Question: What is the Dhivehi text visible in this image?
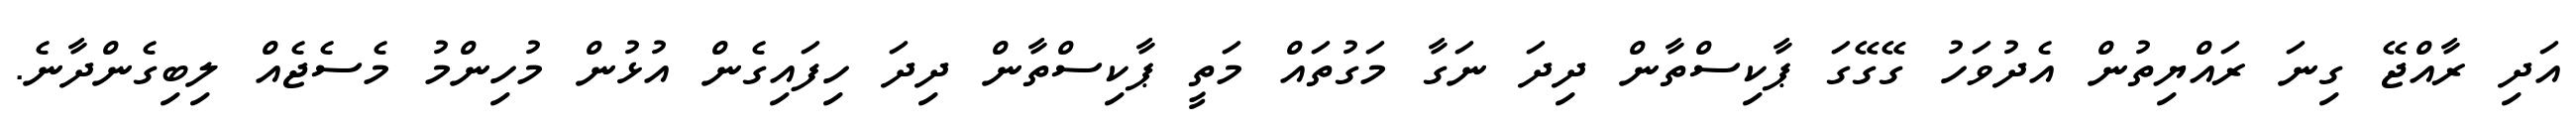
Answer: އަދި ރާއްޖޭ ގިނަ ރައްޔިތުން އެދުވަހު ގޭގޭގަ ޕާކިސްތާން ދިދަ ނަގާ މަގުތައް މަތީ ޕާކިސްތާން ދިދަ ހިފައިގެން އުޅުން މުހިންމު މެސެޖެއް ލިބިގެންދާނެ.